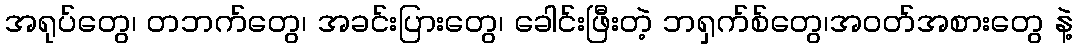
အရုပ်တွေ၊ တဘက်တွေ၊ အခင်းပြားတွေ၊ ခေါင်းဖြီးတဲ့ ဘရှက်စ်တွေ၊အဝတ်အစားတွေ နဲ့